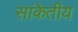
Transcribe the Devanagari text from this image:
सांकेतीय